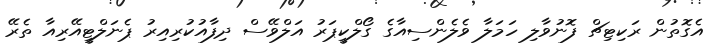
އެގޮތުން ރަކިޓިޗް ފޮނުވާލި ހަމަލާ ވެލެންސިއާގެ ގޯލްކީޕަރު އަލްވޭސް ދިފާއުކުރިއިރު ޕެނަލްޓީއޭރިއާ ތެރޭ